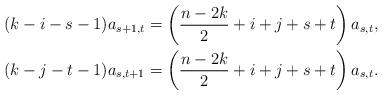
LaTeX: \begin{align*} (k-i-s-1)a_{s+1,t} & = \left(\frac{n-2k}{2}+i+j+s+t\right)a_{s,t} , \\ (k-j-t-1)a_{s,t+1} & = \left(\frac{n-2k}{2}+i+j+s+t\right)a_{s,t} . \end{align*}